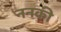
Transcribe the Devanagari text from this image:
ननकी